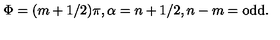
\Phi = ( m + 1 / 2 ) \pi , \alpha = n + 1 / 2 , n - m = \mathrm { o d d } .